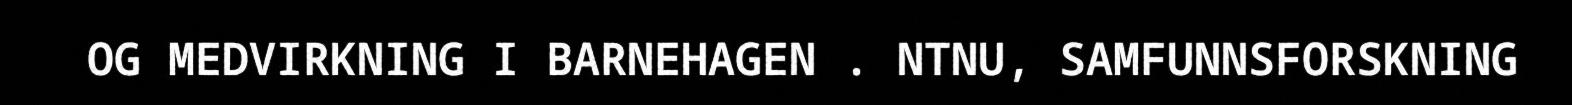
OG MEDVIRKNING I BARNEHAGEN . NTNU, SAMFUNNSFORSKNING